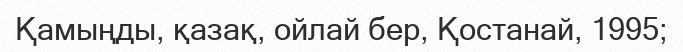
Қамыңды, қазақ, ойлай бер, Қостанай, 1995;